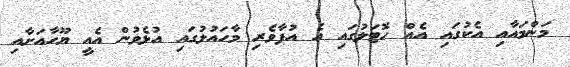
މަންމައާއި އެކުގައި އެއް ހޮޓަލުގައި އެ އުފާވެރި މާހައުލުގައި އުޅެވުން އެއީ ޔޫހާއަށާއި